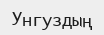
Унгуздың